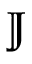
\mathbb { J }